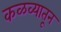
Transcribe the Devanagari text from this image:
कळव्यातून